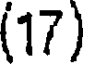
(17)